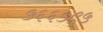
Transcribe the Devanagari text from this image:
५६६५९५